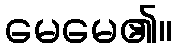
မေမေ၏။